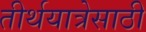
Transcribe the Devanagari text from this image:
तीर्थयात्रेसाठी